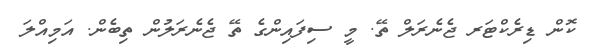
ކޮން ޑިރެކްޓަރ ޖެނެރަލް ތޭ. މީ ސިފައިންގެ ތޭ ޖެނެރަލުން ތިބެން. އަމިއްލަ